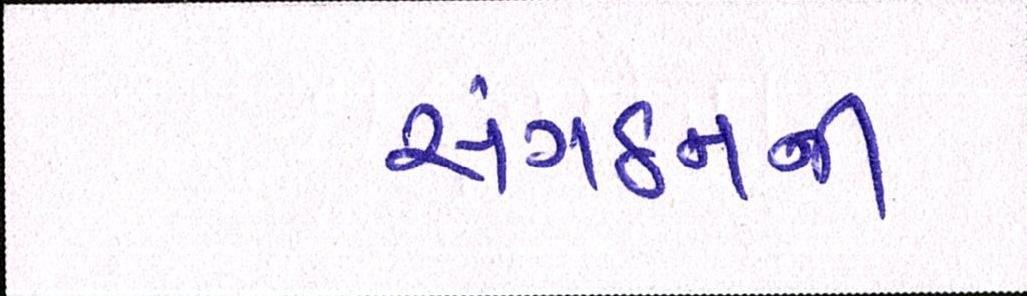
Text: સંગઠનની